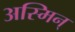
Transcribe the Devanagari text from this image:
अस्मिन्